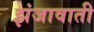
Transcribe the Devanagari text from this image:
झंजावाती